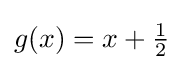
g(x)=x+{\tfrac {1}{2}}